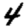
Digit: 4